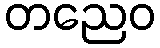
တညေဝ